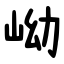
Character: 岰